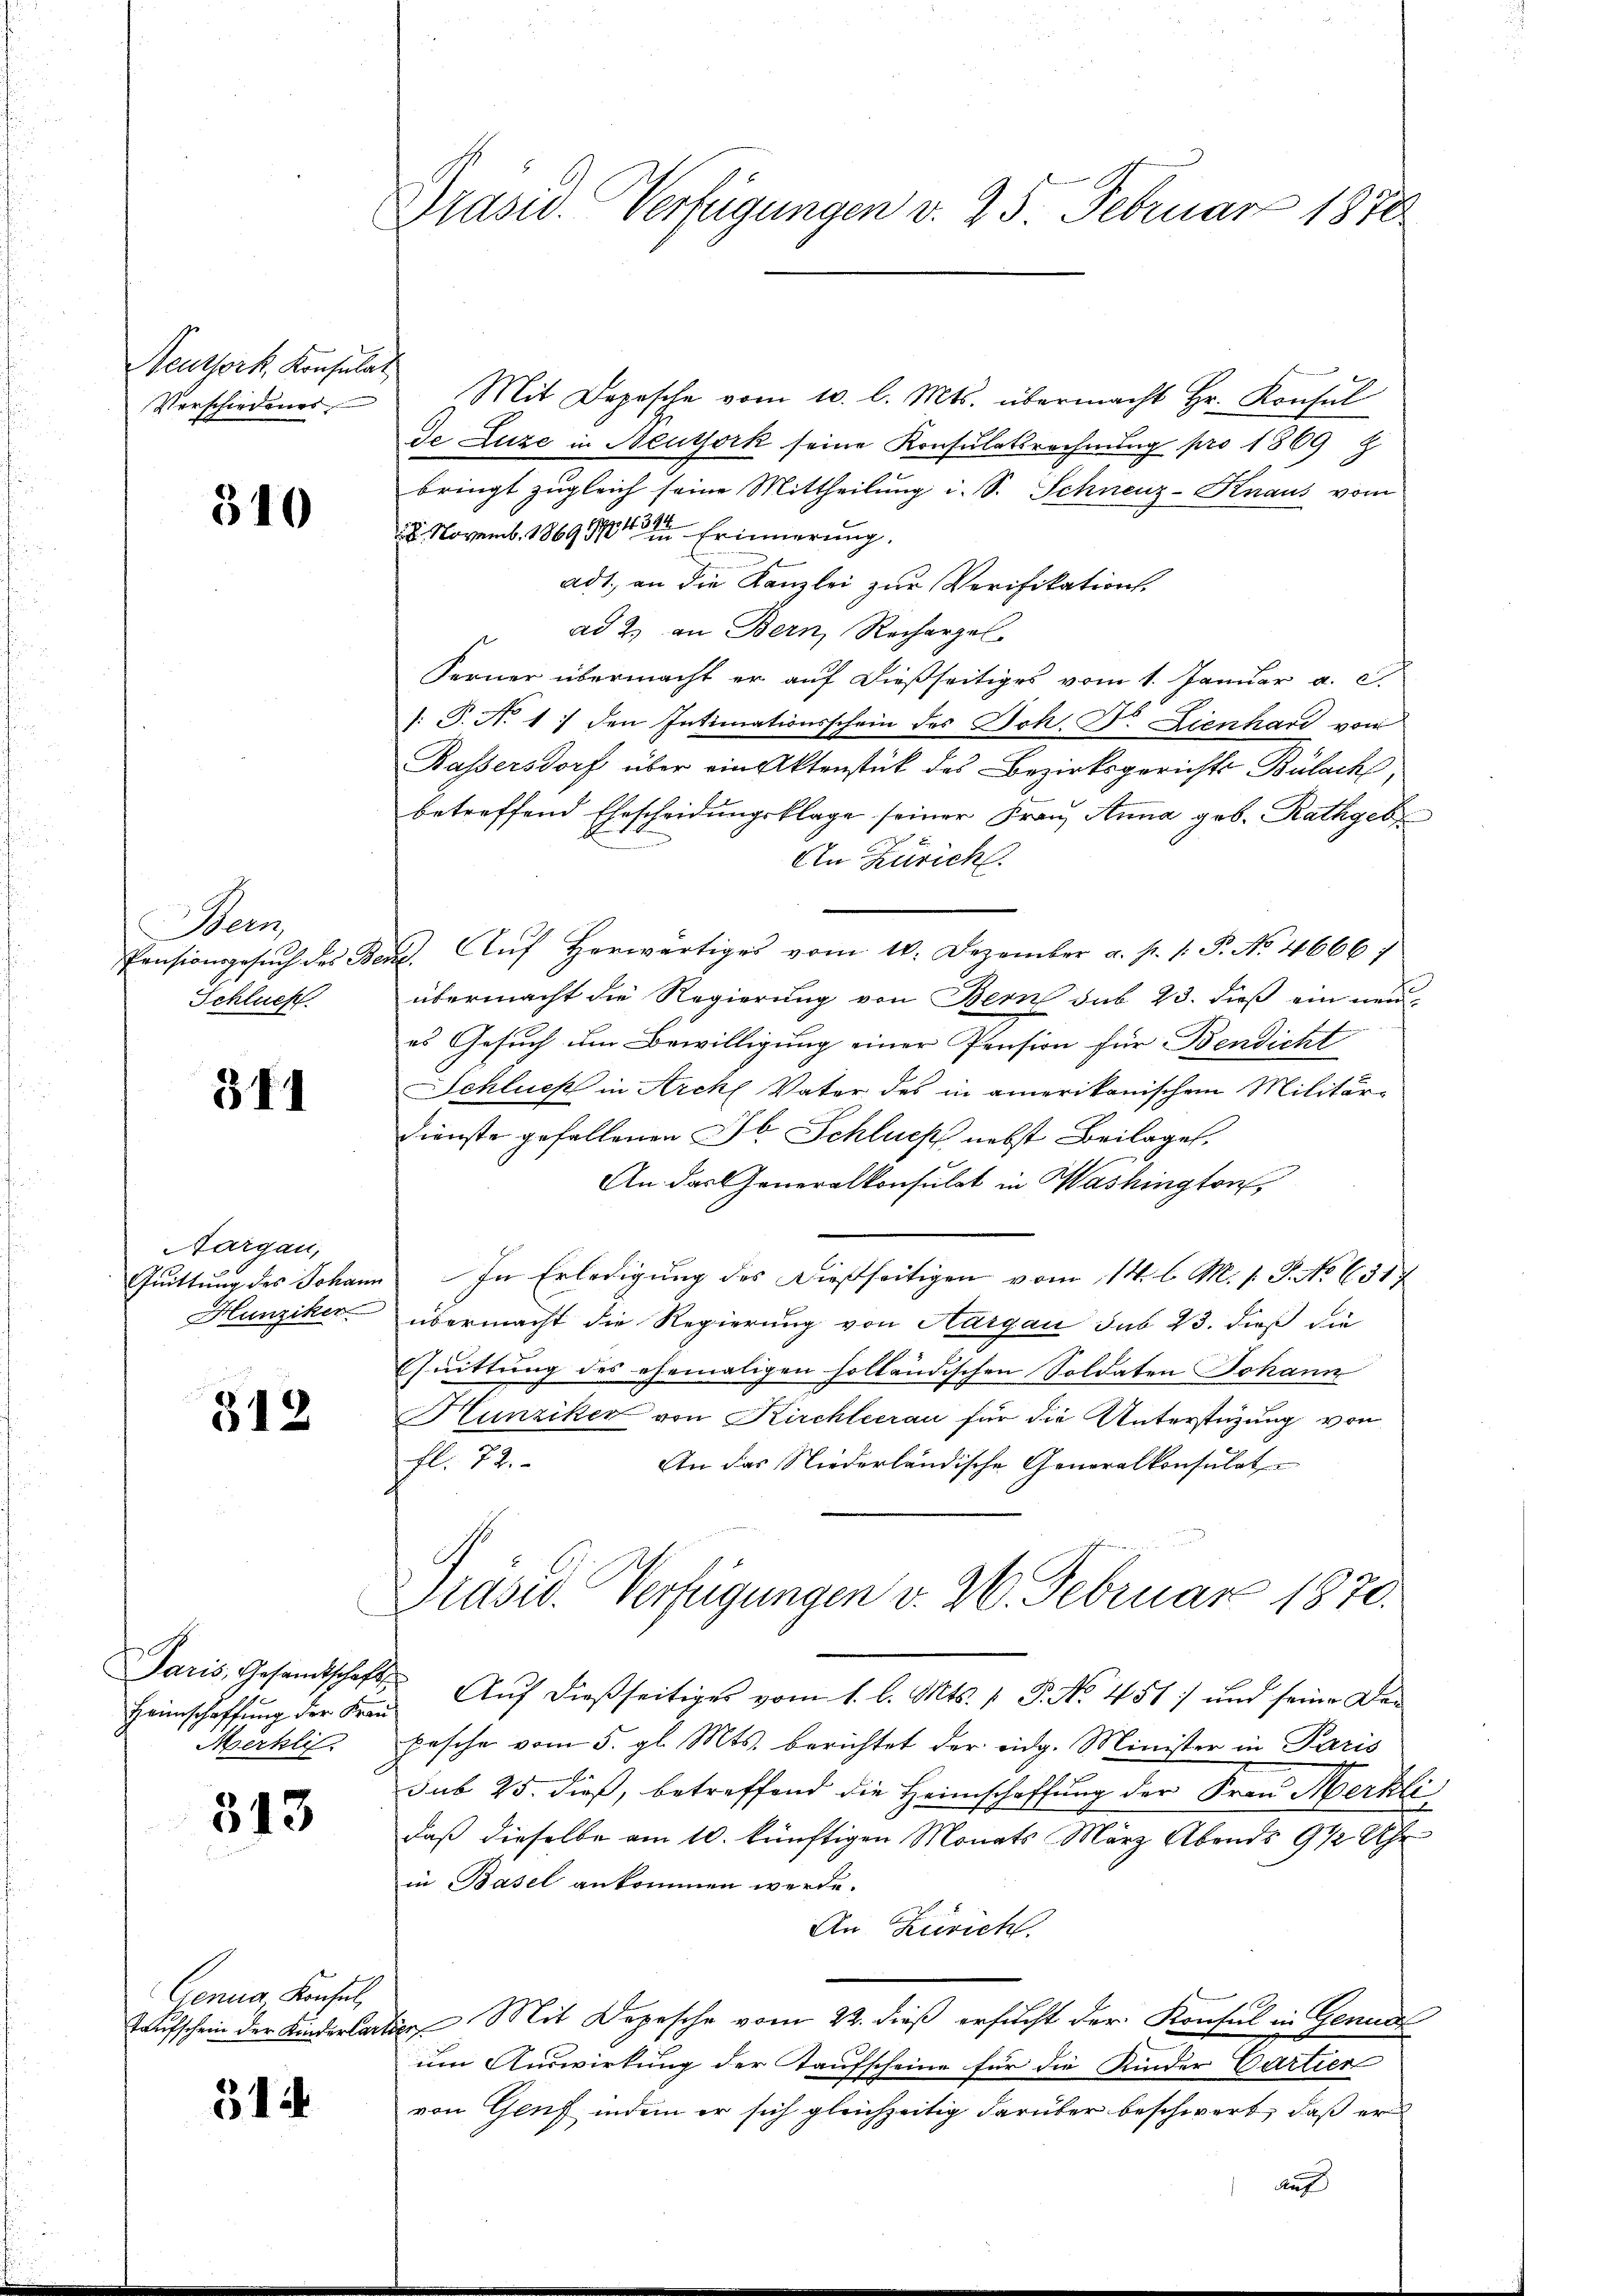
Reuthork Konsulat
Verschiedenes

310

Bern,
Pensionsgesuch des B.
Schluch

344

Aargau,
Quittung des Johan
Hunziker

312

Paris, Gesandtschafts
Merkli

343

Cenua Konsul,
Taufschein der Kinderlart

514

Präsid. Verfügungen d. 25. Februar 1870

Mit Depesche vom 10. l. Mts. übermacht Hr. Konsŭl
de Luze in Neuthork seine Konsulatsrechnung pro 1869
bringt zugleich seine Mittheilung i. S. Schneuz-Knaus vom
28. Novemb. 1869 Erinnerung.
ad 1., an die Kanzlei zur Verifikations-
ad 2. an Bern, Recharzel
Ferner übermacht er auf dießseitiges vom 1. Januar a. c.
[: P. No 17 den Intimationsschein des Joh. Dr. Lienhard von
Kassersdorf über ein Aktenstück des Bezirksgerichts Bülach,
betreffend Ehescheidungsklage seiner Frau Anna geb. Rathgebr
An Zürich
. Aŭf herwärtiges vom 14. Dezember a. p. 1. P. No. 46667
übermacht die Regierung von Bern sub 23. dieß ein neu
es Gesuch im Bewilligung einer Pension für Bendicht
Schluch in Arch Vater des in amerikanischen Militär¬
Dienste gefallenen St. Schluch nebst Beilagen.
An das Generalkonsulat in Washington,
 In Erledigung des dießseitigen vom 14. l. M. s. S. No 6517
übermacht die Regierung von Aargau sub 23. dieß die
Quittung des ehemaligen holländischen Soldaten Johann
Hunziker von Kirchleerau für die Unterstüzung von
fl. 72.
An das Niederländische Generalkonsulat
Präsid. Verfügungen v. 26. Februar 1870.
Heimschaffŭng der Fraŭ Aŭf dießseitiges vom 1. l. Mts. 1. P. No. 451) und seine Den
pasche vom 5. gl. Mts. berichtet der eidg. Minister in Paris
sub 25. dieß, betreffend die Heimschaffung der Frau Merkle
daß dieselbe am 10. künftigen Monats März Abends 9 1/2 Uhr
in Basel ankommen werde.
An Zürich.
tr Mit Depesche vom 22. dieß ersucht der Konsul in Genud
um Auswirkung der Kaufscheine für die Kinder Cartier
von Genf indem er sich gleichzeitig darüber beschwert, daß er